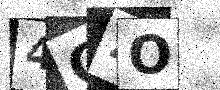
Text: 4C2O